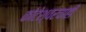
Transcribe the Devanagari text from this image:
कोटेश्वरचाही